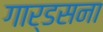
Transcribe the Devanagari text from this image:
गार्डसना